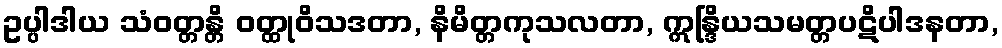
ဥပ္ပါဒါယ သံဝတ္တန္တိ ဝတ္ထုဝိသဒတာ, နိမိတ္တကုသလတာ, ဣန္ဒြိယသမတ္တပဋိပါဒနတာ,